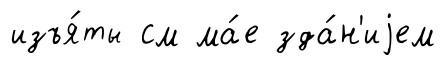
изъя́ты см ма́е зда́н'иjем